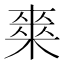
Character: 𭫘